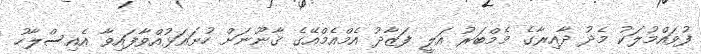
ފުވައްމުލަކު މެދު ދާއިރާގެ މެމްބަރު އަލީ ފަޒާދު އެމްއެމްއޭގެ ޤާނޫނަށް ހުށައަޅުއްވާފައިވާ އެއިސްލާހު